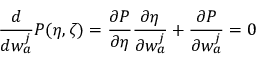
\frac { d } { d w _ { a } ^ { j } } P ( \eta , \zeta ) = \frac { \partial P } { \partial \eta } \frac { \partial \eta } { \partial w _ { a } ^ { j } } + \frac { \partial P } { \partial w _ { a } ^ { j } } = 0